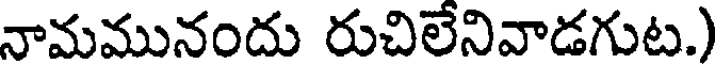
నామమునందు రుచిలేనివాడగుట.)